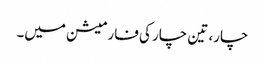
چار، تین چار کی فارمیشن میں۔